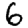
Digit: 6